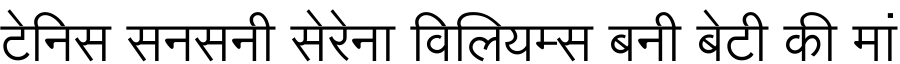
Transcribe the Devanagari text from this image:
टेनिस सनसनी सेरेना विलियम्स बनी बेटी की मां